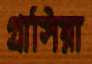
গ্রাসিয়া